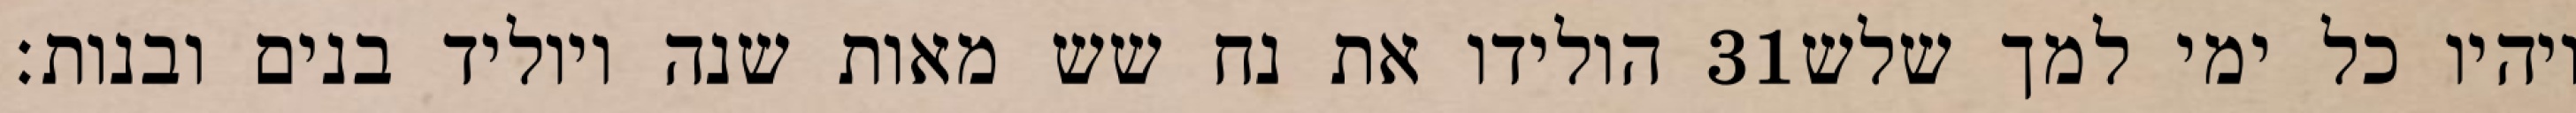
הולידו את נח שש מאות שנה ויוליד בנים ובנות׃ ‎31‏ ויהיו כל ימי למך שלש